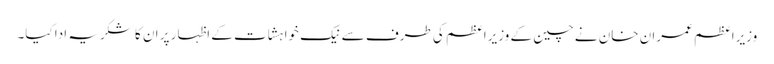
وزیراعظم عمران خان نے چین کے وزیراعظم کی طرف سے نیک خواہشات کے اظہار پر ان کا شکریہ ادا کیا۔